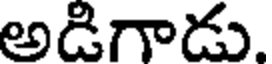
అడిగాడు.